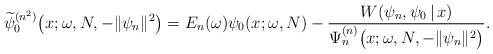
\begin{align*} \widetilde{\psi }_{0}^{(n^{2})}\big(x;\omega ,N,-\Vert \psi _{n}\Vert ^{2}\big)=E_{n}(\omega) \psi _{0}( x;\omega ,N) -\frac{W(\psi _{n},\psi _{0}\,|\, x)}{\Psi _{n}^{(n) }\big(x;\omega ,N,- \Vert \psi _{n} \Vert ^{2}\big)}. \end{align*}